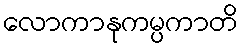
လောကာနုကမ္ပကာတိ